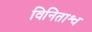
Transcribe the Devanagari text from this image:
विनिताश्व